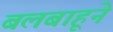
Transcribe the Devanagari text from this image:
बलबाहूने